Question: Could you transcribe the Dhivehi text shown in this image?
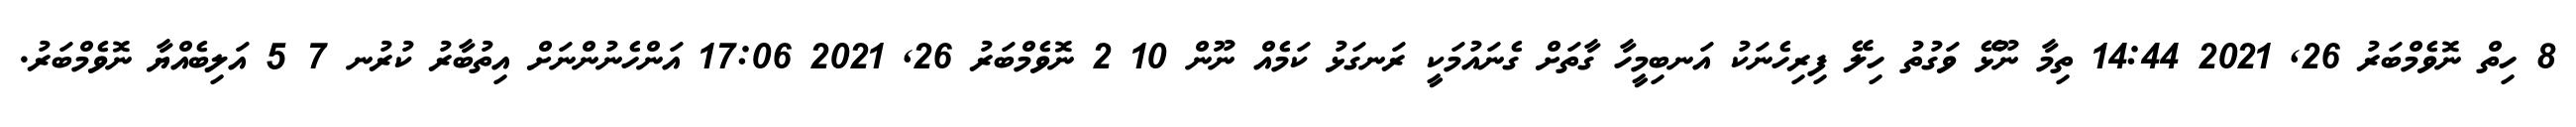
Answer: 8 ހިތް ނޮވެމްބަރު 26, 2021 14:44 ތިމާ ނޫޅޭ ވަގުތު ހިލޭ ފިރިހެނަކު އަނބިމީހާ ގާތަށް ގެނައުމަކީ ރަނގަޅު ކަމެއް ނޫން 10 2 ނޮވެމްބަރު 26, 2021 17:06 އަންހެނުންނަށް އިތުބާރު ކުރުނ 7 5 އަލިބެއްޔާ ނޮވެމްބަރު.